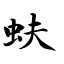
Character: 蚨